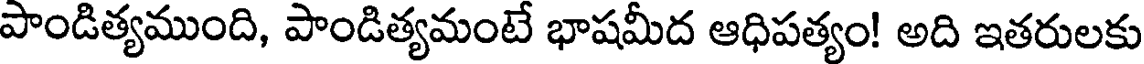
పాండిత్యముంది, పాండిత్యమంటే భాషమీద ఆధిపత్యం! అది ఇతరులకు